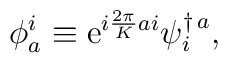
\phi_a^i \equiv {\rm e}^{i{2\pi\over K}ai}\psi^{\dagger\, a}_i ,